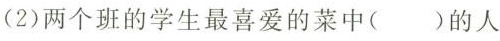
(2)两个班的学生最喜爱的菜中( )的人